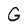
Character: G